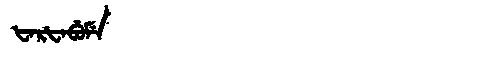
Manchu: ᡶᠠᡵᡶᠠᠪᡠᠮᡝ
Romanization: FARFABUME